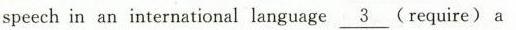
speech in an international language \underline{3} (require) a